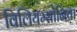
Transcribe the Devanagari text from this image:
विलियम्सोनिया